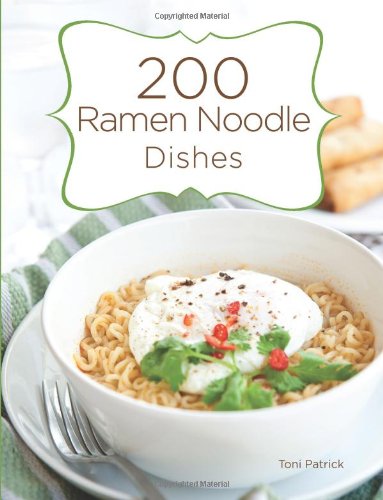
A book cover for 200 Ramen Noodle Dishes; Toni Patrick; Cookbooks, Food & Wine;